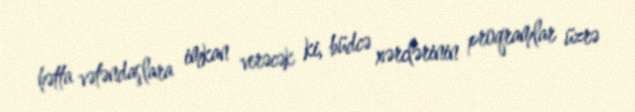
hətta vətəndaşlara imkan verəcək ki, büdcə xərclərinin proqramlar üzrə